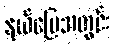
နယ်မြေအတွင်း